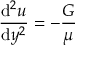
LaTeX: { \frac { \mathrm { d } ^ { 2 } u } { \mathrm { d } y ^ { 2 } } } = - { \frac { G } { \mu } }